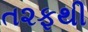
ત૨ફથી